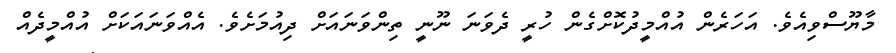
މާޔޫސްވިއެވެ. އަހަރެން އުއްމީދުކޮށްގެން ހުރީ ދެވަނަ ނޫނީ ތިންވަނައަށް ދިއުމަށެވެ. އެއްވަނައަކަށް އުއްމީދެއް